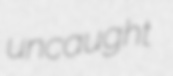
uncaught